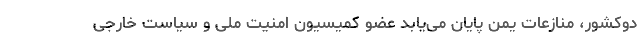
دوکشور، منازعات یمن پایان می‌یابد عضو کمیسیون امنیت ملی و سیاست خارجی